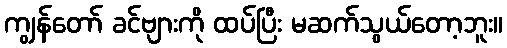
ကျွန်တော် ခင်ဗျားကို ထပ်ပြီး မဆက်သွယ်တော့ဘူး။